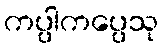
ကပ္ပါကပ္ပေသု